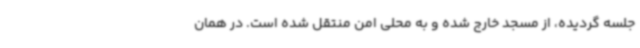
جلسه گردیده، از مسجد خارج شده و به محلی امن منتقل شده است. در همان